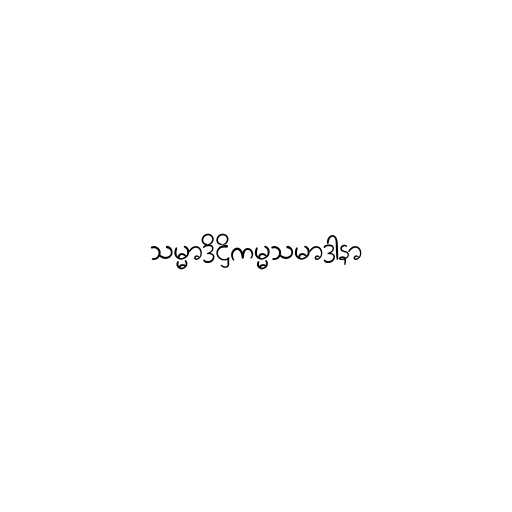
သမ္မာဒိဋ္ဌိကမ္မသမာဒာနာ